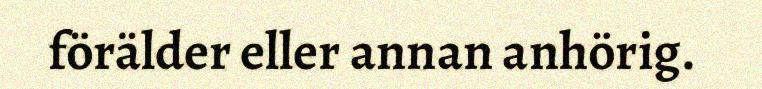
förälder eller annan anhörig.